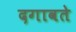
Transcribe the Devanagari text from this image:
दगावते